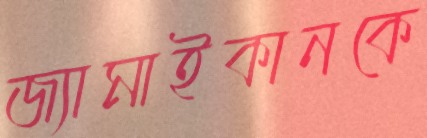
জ্যামাইকানকে